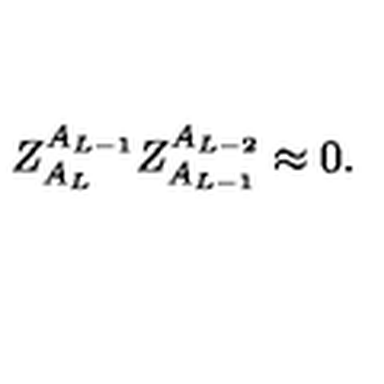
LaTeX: Z _ { A _ { L } } ^ { A _ { L - 1 } } Z _ { A _ { L - 1 } } ^ { A _ { L - 2 } } \approx 0 .